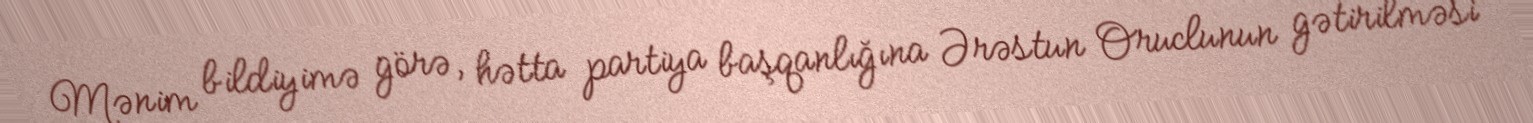
Mənim bildiyimə görə, hətta partiya başqanlığına Ərəstun Oruclunun gətirilməsi